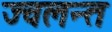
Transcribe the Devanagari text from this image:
ज्‍वलन्‍त